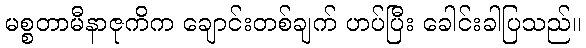
မစ္စတာမီနာဇုကိက ချောင်းတစ်ချက် ဟပ်ပြီး ခေါင်းခါပြသည်။